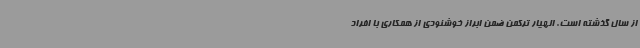
از سال گذشته است. الهیار ترکمن ضمن ابراز خوشنودی از همکاری با افراد